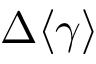
\Delta \langle \gamma \rangle